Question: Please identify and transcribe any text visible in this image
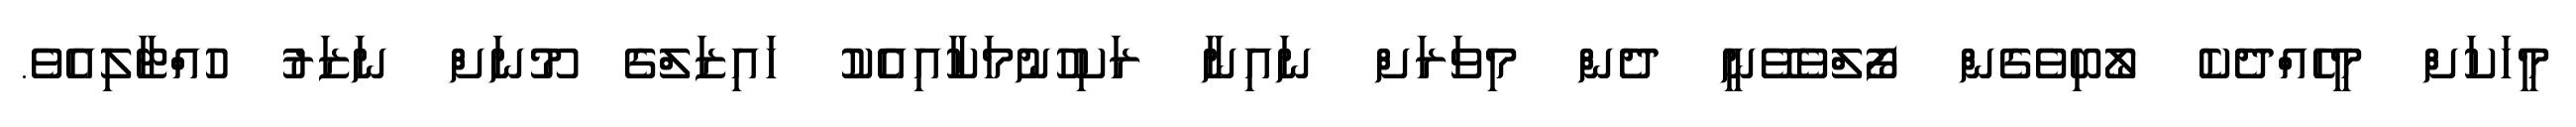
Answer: މީހަކަށް މީހެއްދެކެ ލޯބިވެގެން ފޯލްވެވޭނީ ދެން މިވަރަށް ނައިނާ ރަކިހުނުމަކާއިއެކު ހައިޒަލްގެ މޫނަށް ނަޒަރު ހުއްޓާލިއެވެ.